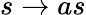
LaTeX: s\rightarrow as